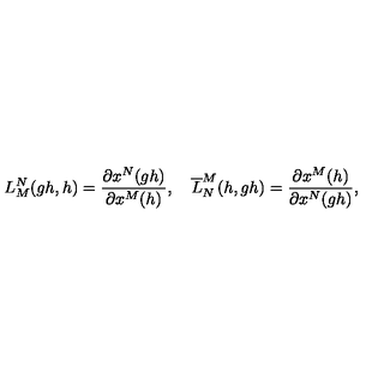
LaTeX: L _ { M } ^ { N } ( g h , h ) = \frac { \partial x ^ { N } ( g h ) } { \partial x ^ { M } ( h ) } , \quad \overline { { L } } _ { N } ^ { M } ( h , g h ) = \frac { \partial x ^ { M } ( h ) } { \partial x ^ { N } ( g h ) } ,